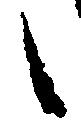
之